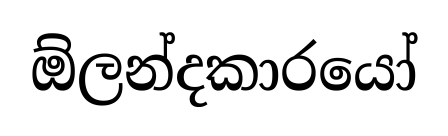
ඕලන්දකාරයෝ